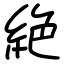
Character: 絶